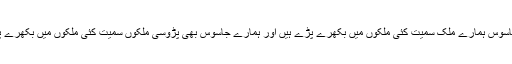
ان کے جاسوس ہمارے ملک سمیت کئی ملکوں میں بکھرے پڑے ہیں اور ہمارے جاسوس بھی پڑوسی ملکوں سمیت کئی ملکوں میں بکھرے پڑے ہیں۔